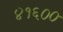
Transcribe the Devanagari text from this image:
४१६००